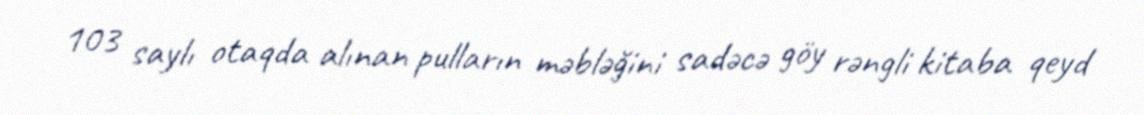
103 saylı otaqda alınan pulların məbləğini sadəcə göy rəngli kitaba qeyd